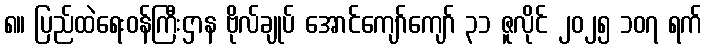
၈။ ပြည်ထဲရေးဝန်ကြီးဌာန ဗိုလ်ချုပ် အောင်ကျော်ကျော် ၃၁ ဇူလိုင် ၂၀၂၅ ၁၀၇ ရက်